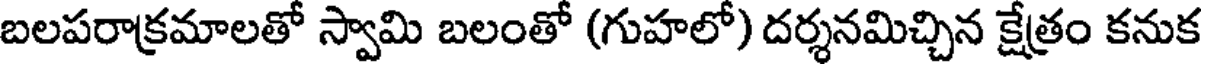
బలపరాక్రమాలతో స్వామి బలంతో (గుహలో) దర్శనమిచ్చిన క్షేత్రం కనుక